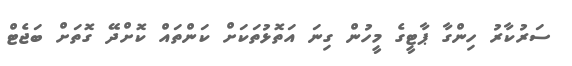
ސަރުކާރު ހިންގާ ޕާޓީގެ މީހުން ގިނަ އަތޮޅުތަކަށް ކަންތައް ކޮށްދޭ ގޮތަށް ބަޖެޓް